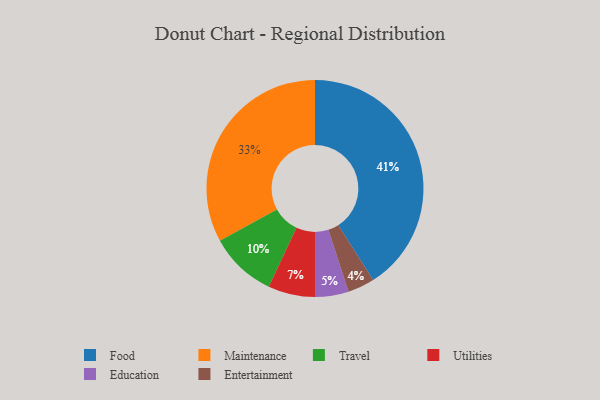
{"axis": {"x": "Category", "y": "Percentage"}, "legend": ["Education", "Entertainment", "Food", "Maintenance", "Travel", "Utilities"], "data": [{"x": "Education", "y": 5, "type": "Education"}, {"x": "Food", "y": 41, "type": "Food"}, {"x": "Travel", "y": 10, "type": "Travel"}, {"x": "Maintenance", "y": 33, "type": "Maintenance"}, {"x": "Utilities", "y": 7, "type": "Utilities"}, {"x": "Entertainment", "y": 4, "type": "Entertainment"}]}